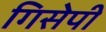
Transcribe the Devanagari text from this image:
गिसेपी